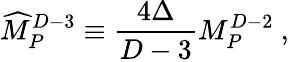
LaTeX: {\widehat M}_{P}^{D-3}\equiv{\frac{4\Delta}{D-3}}M_{P}^{D-2}~,